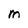
Character: M